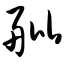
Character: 舭